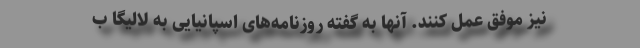
نیز موفق عمل کنند. آنها به گفته روزنامه‌های اسپانیایی به لالیگا ب